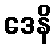
ဒေနိ